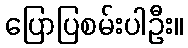
ပြောပြစမ်းပါဦး။